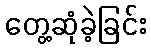
တွေ့ဆုံခဲ့ခြင်း